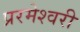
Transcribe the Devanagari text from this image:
प्ररमेश्वरी